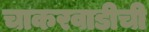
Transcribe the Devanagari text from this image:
चाकरवाडीची